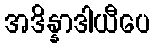
အဒိန္နာဒါယီပေ